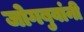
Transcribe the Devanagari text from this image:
जोगबुवांनी